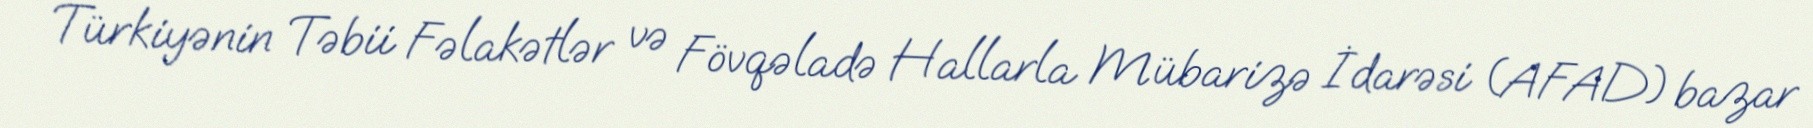
Türkiyənin Təbii Fəlakətlər və Fövqəladə Hallarla Mübarizə İdarəsi (AFAD) bazar